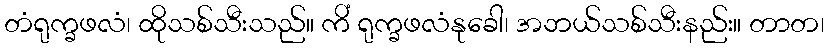
တံရုက္ခဖလံ၊ ထိုသစ်သီးသည်။ ကိံ ရုက္ခဖလံနုခေါ၊ အဘယ်သစ်သီးနည်း။ တာတ၊